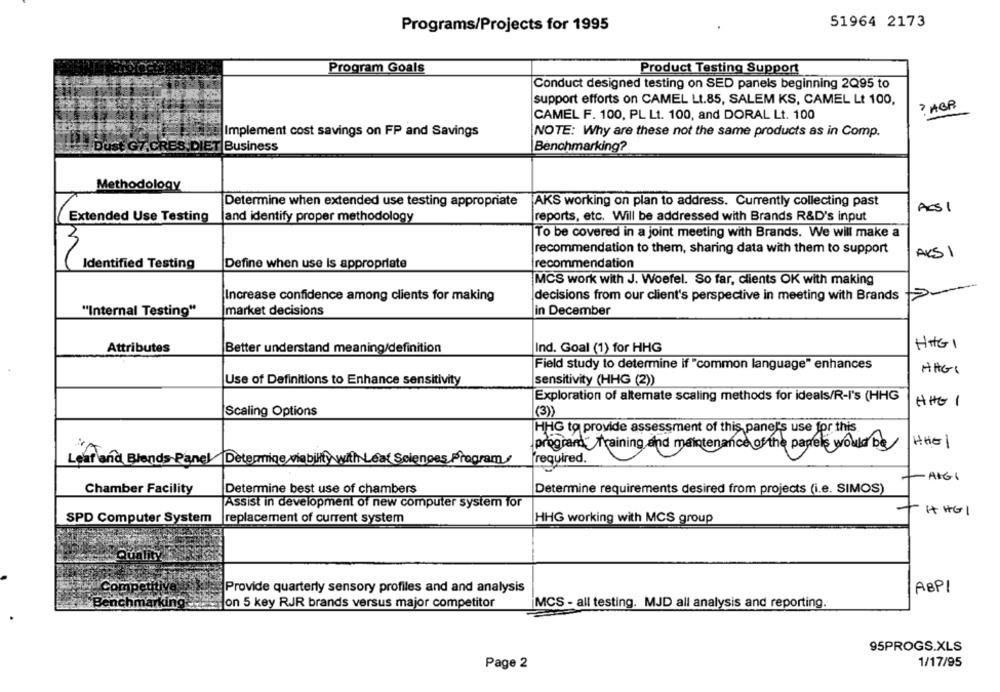
Programs/Projects for 1995
51964 2173
Program Goals
Product Testing Support
Conduct designed testing on SED panels beginning 2Q95 to
support efforts on CAMEL Lt.85, SALEM KS, CAMEL Lt 100,
CAMEL F. 100, PL Lt. 100, and DORAL Lt. 100
Implement cost savings on FP and Savings
NOTE: Why are these not the same products as in Comp.
Dust G7.CRES, DIET Business
Benchmarking?
Methodology
Determine when extended use testing appropriate
AKS working on plan to address. Currently collecting past
ACSI
Extended Use Testing
Jand identify proper methodology
reports, etc. Will be addressed with Brands R&D's input
To be covered in a joint meeting with Brands. We will make a
recommendation to them, sharing data with them to support
AKS 1
Identified Testing
Define when use is appropriate
recommendation
MCS work with J. Woefel. So far, clients OK with making
Increase confidence among clients for making
decisions from our client's perspective in meeting with Brands
"Internal Testing"
market decisions
in December
HHG 1
Attributes
Better understand meaning/definition
Ind. Goal (1) for HHG
Field study to determine if "common language" enhances
HAGI
sensitivity (HHG (2))
Use of Definitions to Enhance sensitivity
Exploration of alternate scaling methods for ideals/R-I's (HHG
HHG 1
Scaling Options
program training and maintenance of the panels would be
HHEl
Leaf and Blends Panel Determine viability with Leaf Sciences Program
required.
- HIGI
Chamber Facility
Determine best use of chambers
Determine requirements desired from projects (i.e. SIMOS)
Assist in development of new computer system for
HHGI
SPD Computer System
replacement of current system
HHG working with MCS group
Quality
Competitive
Provide quarterly sensory profiles and and analysis
ABPI
Benchmarking - on 5 key RJR brands versus major competitor
MCS - all testing. MJD all analysis and reporting.
95PROGS.XLS
Page 2
1/17/95